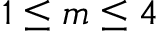
1 \leq m \leq 4